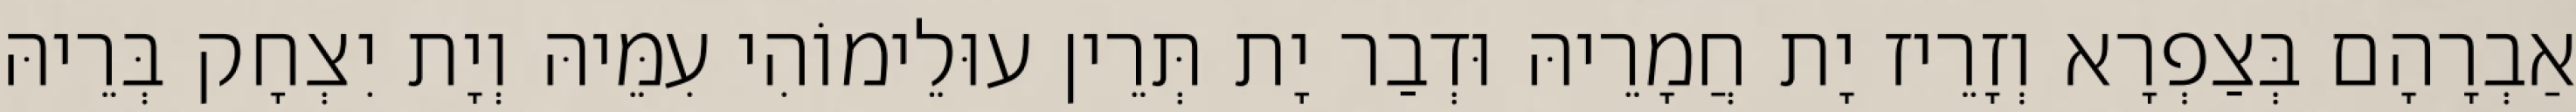
אַבְרָהָם בְּצַפְרָא וְזָרֵיז יָת חֲמָרֵיהּ וּדְבַר יָת תְּרֵין עוּלֵימוֹהִי עִמֵּיהּ וְיָת יִצְחָק בְּרֵיהּ